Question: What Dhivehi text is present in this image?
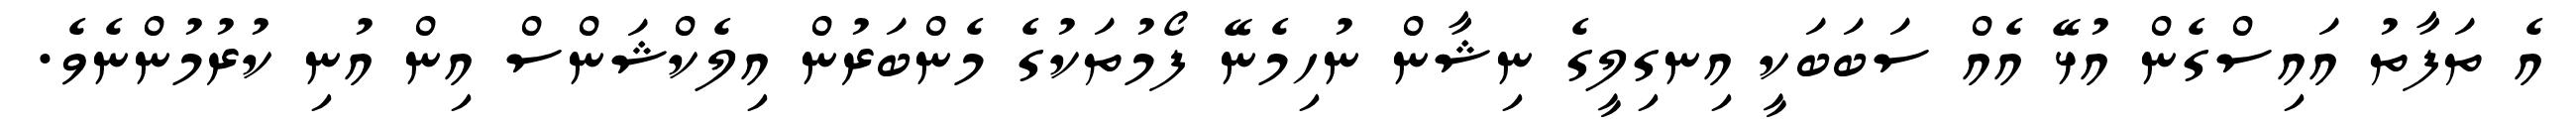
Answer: އެ ތަފާތު އައިސްގެން އުޅޭ އެއް ސަބަބަކީ އިނގިލީގެ ނިޝާން ނުހިމެނޭ ފޯމުތަކުގެ މެންބަރުން އިލެކްޝަންސް އިން އުނި ކުރުމުންނެވެ.